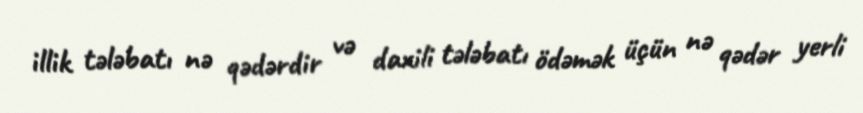
illik tələbatı nə qədərdir və daxili tələbatı ödəmək üçün nə qədər yerli